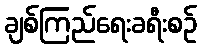
ချစ်ကြည်ရေးခရီးစဉ်